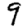
Digit: 9